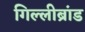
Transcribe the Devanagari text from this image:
गिल्लीब्रांड